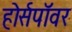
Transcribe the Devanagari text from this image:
होर्सपॉवर